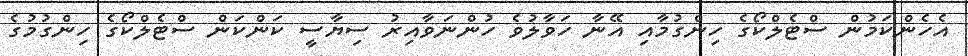
އެހެންކަމުން ސްޓެލްކޯގެ ހިންގުމާއި އޭނާ ހަވާލުވެ ހުންނަވާއިރު ސިޔާސީ ކަންކަން ސްޓެލްކޯގެ ހިންގުމުގެ